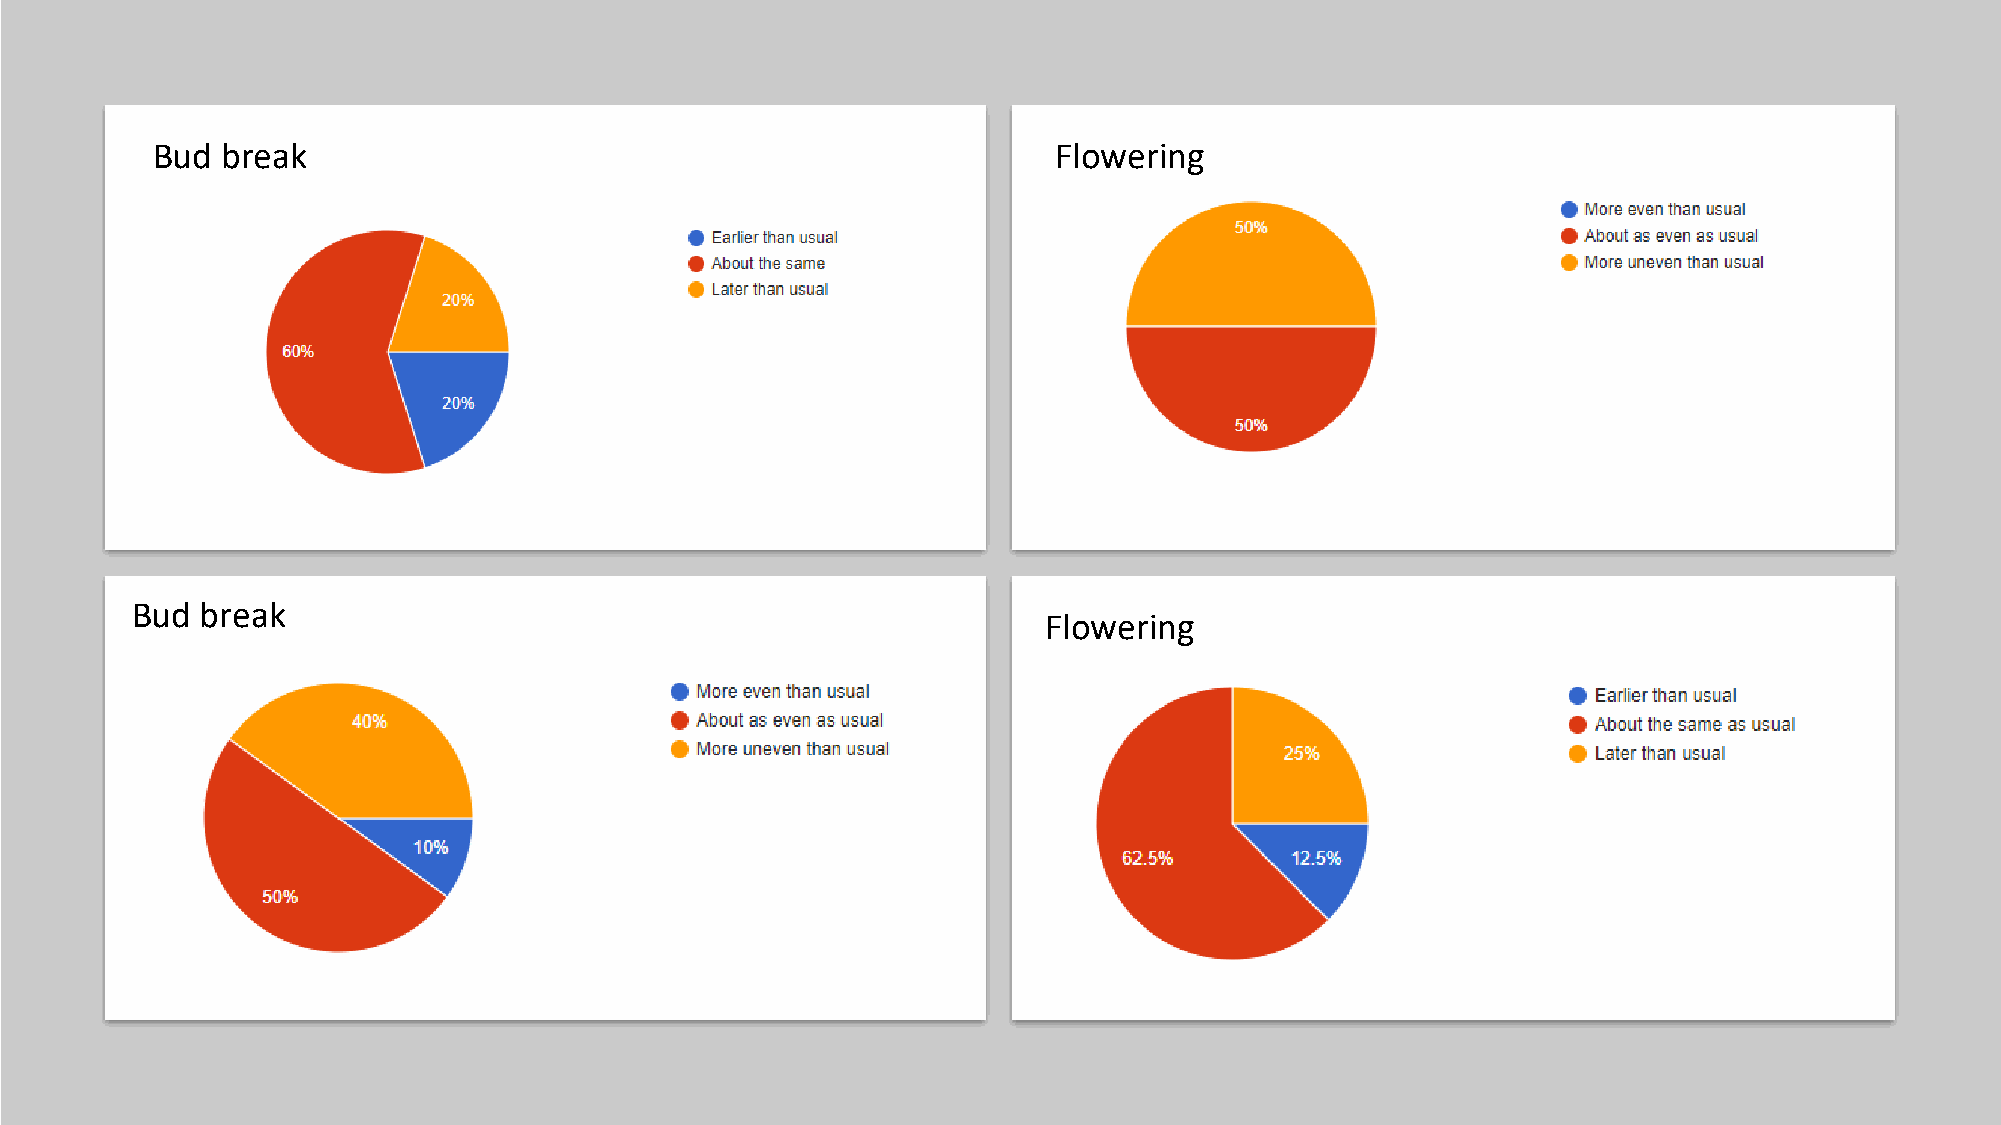
Bud  break                                                  Flowering
 Bud break
 Flowering